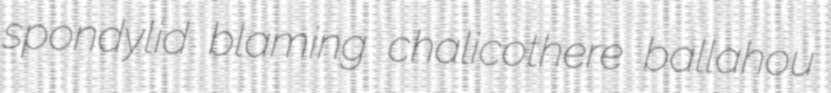
spondylid blaming chalicothere ballahou